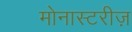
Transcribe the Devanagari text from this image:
मोनास्टरीज़